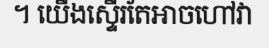
។ យើងស្ទើរតែអាចហៅវា